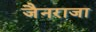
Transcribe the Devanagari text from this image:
जैनराजा